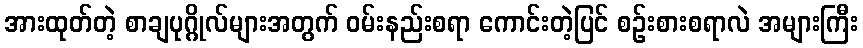
အားထုတ်တဲ့ စာချပုဂ္ဂိုလ်များအတွက် ဝမ်းနည်းစရာ ကောင်းတဲ့ပြင် စဉ်းစားစရာလဲ အများကြီး